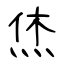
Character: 烋